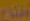
الفتاح